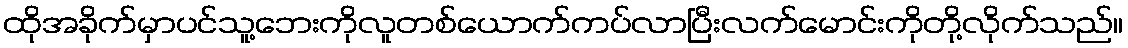
ထိုအခိုက်မှာပင်သူ့ဘေးကိုလူတစ်ယောက်ကပ်လာပြီးလက်မောင်းကိုတို့လိုက်သည်။